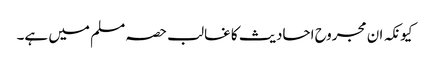
کیونکہ ان مجروح احادیث کا غالب حصہ مسلم میں ہے۔